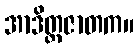
အာဒိတ္ထဇာတက။